Civil Veterinary Dept. Bombay admin report 1907-1913 - 1907-1913
Year: 1907
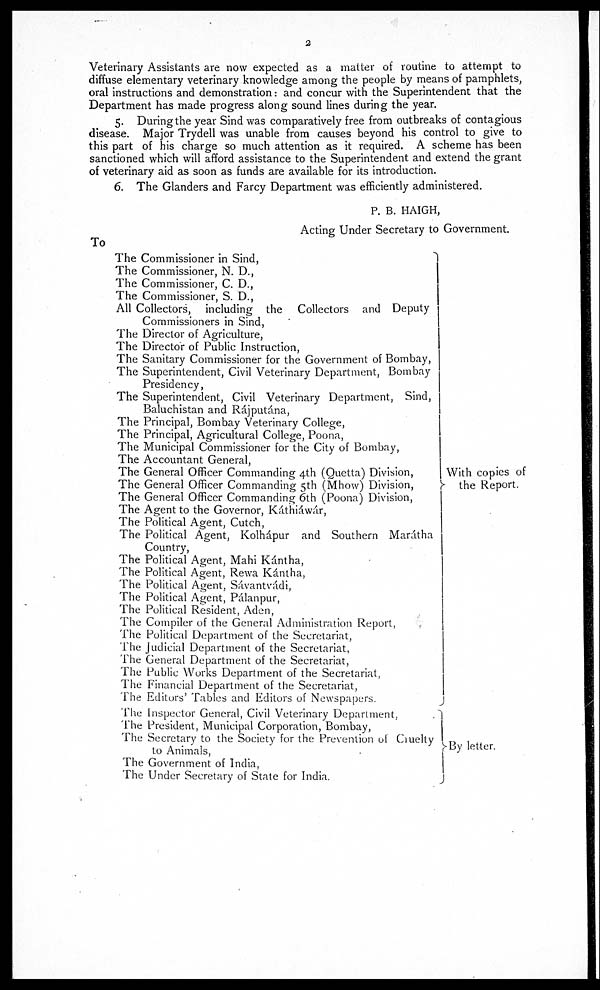
2
Veterinary Assistants are now expected as a matter of routine to attempt to
diffuse elementary veterinary knowledge among the people by means of pamphlets,
oral instructions and demonstration: and concur with the Superintendent that the
Department has made progress along sound lines during the year.
5. During the year Sind was comparatively free from outbreaks of contagious
disease. Major Trydell was unable from causes beyond his control to give to
this part of his charge so much attention as it required. A scheme has been
sanctioned which will afford assistance to the Superintendent and extend the grant
of veterinary aid as soon as funds are available for its introduction.
6. The Glanders and Farcy Department was efficiently administered.
P. B. HAIGH,
Acting Under Secretary to Government.
To
The Commissioner in Sind,
The Commissioner, N. D.,
The Commissioner, C. D.,
The Commissioner, S. D.,
All Collectors, including the Collectors and Deputy
Commissioners in Sind,
The Director of Agriculture,
The Director of Public Instruction,
The Sanitary Commissioner for the Government of Bombay,
The Superintendent, Civil Veterinary Department, Bombay
Presidency,
The Superintendent, Civil Veterinary Department, Sind,
Baluchistan and Rájputána,
The Principal, Bombay Veterinary College,
The Principal, Agricultural College, Poona,
The Municipal Commissioner for the City of Bombay,
The Accountant General,
The General Officer Commanding 4th (Quetta) Division,
The General Officer Commanding 5th (Mhow) Division,
The General Officer Commanding 6th (Poona) Division,
The Agent to the Governor, Káthiáwár,
The Political Agent, Cutch,
The Political Agent, Kolhápur and Southern Marátha
Country,
The Political Agent, Mahi Kántha,
The Political Agent, Rewa Kántha,
The Political Agent, Sávantvádi,
The Political Agent, Pálanpur,
The Political Resident, Aden,
The Compiler of the General Administration Report
The Political Department of the Secretariat,
The Judicial Department of the Secretariat,
The General Department of the Secretariat,
The Public Works Department of the Secretariat,
The Financial Department of the Secretariat,
The Editors' Tables and Editors of Newspapers.
The Inspector General, Civil Veterinary Department,
The President, Municipal Corporation, Bombay,
The Secretary to the Society for the Prevention of Cruelty
to Animals,
The Government of India,
The Under Secretary of State for India.
With copies of
the Report.
By letter.